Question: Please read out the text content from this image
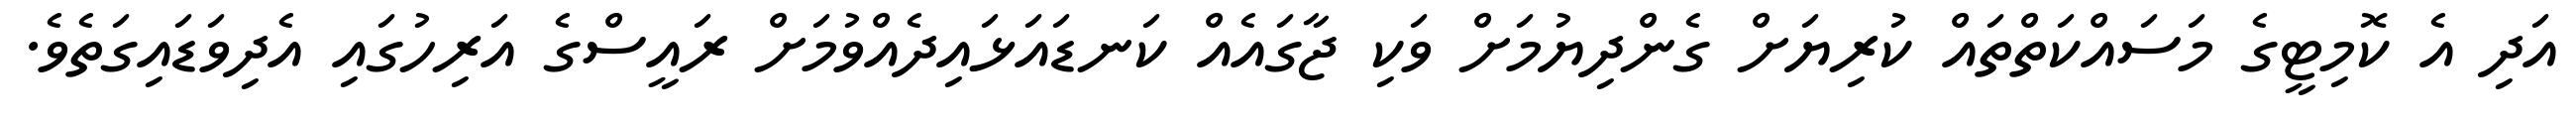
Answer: އަދި އެ ކޮމިޓީގެ މަސައްކަތްތައް ކުރިޔަށް ގެންދިޔުމަށް ވަކި ޖާގައެއް ކަނޑައަޅައިދެއްވުމަށް ރައީސްގެ އަރިހުގައި އެދިވަޑައިގަތެވެ.